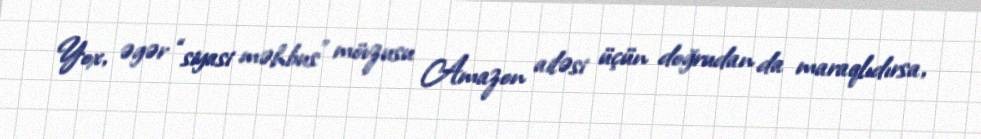
Yox, əgər “siyasi məhbus” mövzusu Amazon ailəsi üçün doğrudan da maraqlıdırsa,